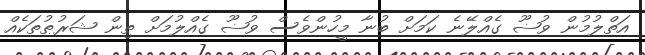
އަތްލުމުން ވުޟޫ ގެއްލޭނެ ކަމަށް ބުނާ މީހުންވެސް ވުޟޫ ގެއްލުމަށް ތިން ޝަރުޠުތަކެއް